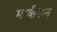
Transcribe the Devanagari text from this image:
मार्कसन